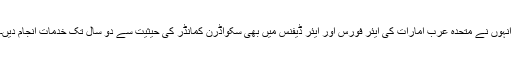
انہوں نے متحدہ عرب امارات کی ایئر فورس اور ایئر ڈیفنس میں بھی سکواڈرن کمانڈر کی حیثیت سے دو سال تک خدمات انجام دیں۔